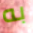
به